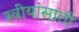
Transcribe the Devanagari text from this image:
स्त्रीयांसाठी